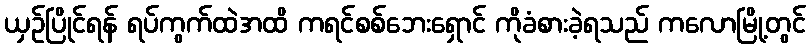
ယှဉ်ပြိုင်ရန် ရပ်ကွက်ထဲအထိ ကရင်စစ်ဘေးရှောင် ကိုခံစားခဲ့ရသည် ကလောမြို့တွင်